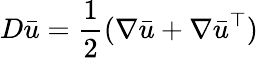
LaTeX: D\bar{u}=\frac 12(\nabla\bar{u}+\nabla\bar{u}^{\top})